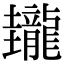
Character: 𪚝